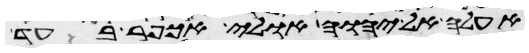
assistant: אעלה אל יהוה אולי אכפר בעד